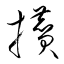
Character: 攢